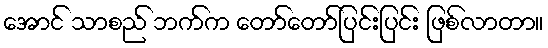
အောင် သာစည် ဘက်က တော်တော်ပြင်းပြင်း ဖြစ်လာတာ။